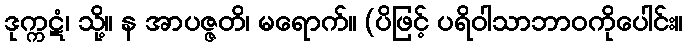
ဒုက္ကဋံ၊ သို့။ န အာပဇ္ဇတိ၊ မရောက်။ (ပိဖြင့် ပရိဝါသာဘာဝကိုပေါင်း။